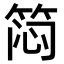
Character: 𬕊